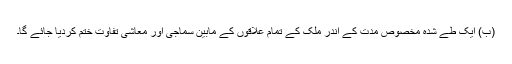
(ب) ایک طے شدہ مخصوص مدت کے اندر ملک کے تمام علاقوں کے مابین سماجی اور معاشی تفاوت ختم کردیا جائے گا۔